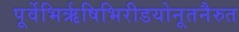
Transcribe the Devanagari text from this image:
पूर्वेभिर्ऋषिभिरीडयोनूतनैरुत